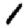
Digit: 1